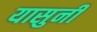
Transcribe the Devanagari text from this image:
यासुनी